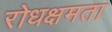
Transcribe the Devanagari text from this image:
रोधक्षमता